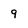
Character: 9